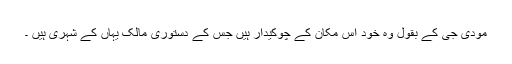
مودی جی کے بقول وہ خود اس مکان کے چوکیدار ہیں جس کے دستوری مالک یہاں کے شہری ہیں ۔